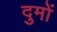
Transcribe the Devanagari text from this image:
दुमों